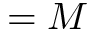
= M